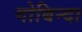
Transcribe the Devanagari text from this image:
गोबिन्दा